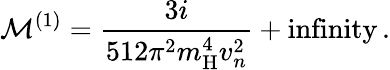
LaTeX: \mathcal{M}^{(1)}=\frac{3i}{512\pi^{2}m_{\mathrm{H}}^{4}v_{n}^{2}}+\mathrm{infinity}\, .